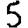
Digit: 5